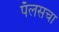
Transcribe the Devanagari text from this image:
पॅलसचा